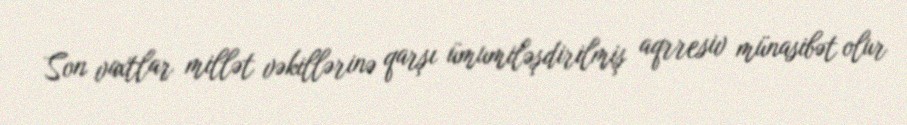
Son vaxtlar millət vəkillərinə qarşı ümumiləşdirilmiş aqrresiv münasibət olur